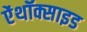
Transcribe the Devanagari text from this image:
ऐंथॉक्साइड